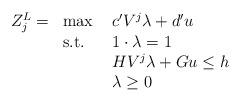
LaTeX: \begin{align*}\begin{array}{llll}Z^L_j =& \max \ & c' V^j \lambda + d' u & \\& \mbox{s.t.} \ & 1 \cdot \lambda = 1 & \\&& H V^j \lambda + G u \leq h & \\&& \lambda \geq 0 & \end{array}\end{align*}